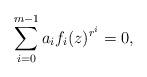
LaTeX: \begin{align*}\sum_{i=0}^{m-1}a_if_i(z)^{r^i}=0,\end{align*}